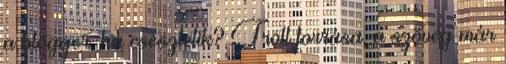
a blogger, ha csesztetik? Troll forrása, a szöveg már